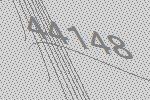
44148